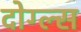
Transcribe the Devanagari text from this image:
दोग्ल्स